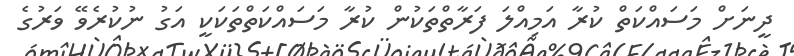
ދީނަށް މަސައްކަތް ކުރާ އަމިއްލަ ފަރާތްތަކުން ކުރާ މަސައްކަތްތަކަކީ އަގު ނުކުރެވޭ ވަރުގެ